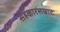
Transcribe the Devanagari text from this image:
सहकारसम्राट